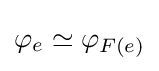
\varphi _{e}\simeq \varphi _{F(e)}